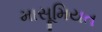
માસૂમિયત